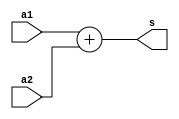
module add_32(a1, a2, s);
input [5:0] a1, a2;
output wire [6:0] s;

assign s = a1 + a2;

endmodule